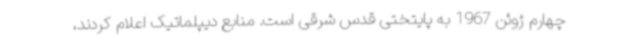
چهارم ژوئن 1967 به پایتختی قدس شرقی است‌. منابع دیپلماتیک اعلام کردند،